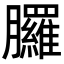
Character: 𦣇